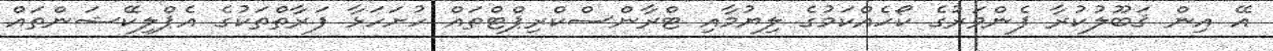
އޭ އިން ޤަބޫލުކުރާ ފެންވަރުގެ ކޯހެއްކަމުގެ ލިޔުމާއި ޓްރާންސްކްރިޕްޓްތައް ހުށަހަޅާ ފަރާތްތަކުގެ އެޕްލިކޭޝަންތައް